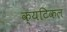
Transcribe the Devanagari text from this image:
क्यटिकल